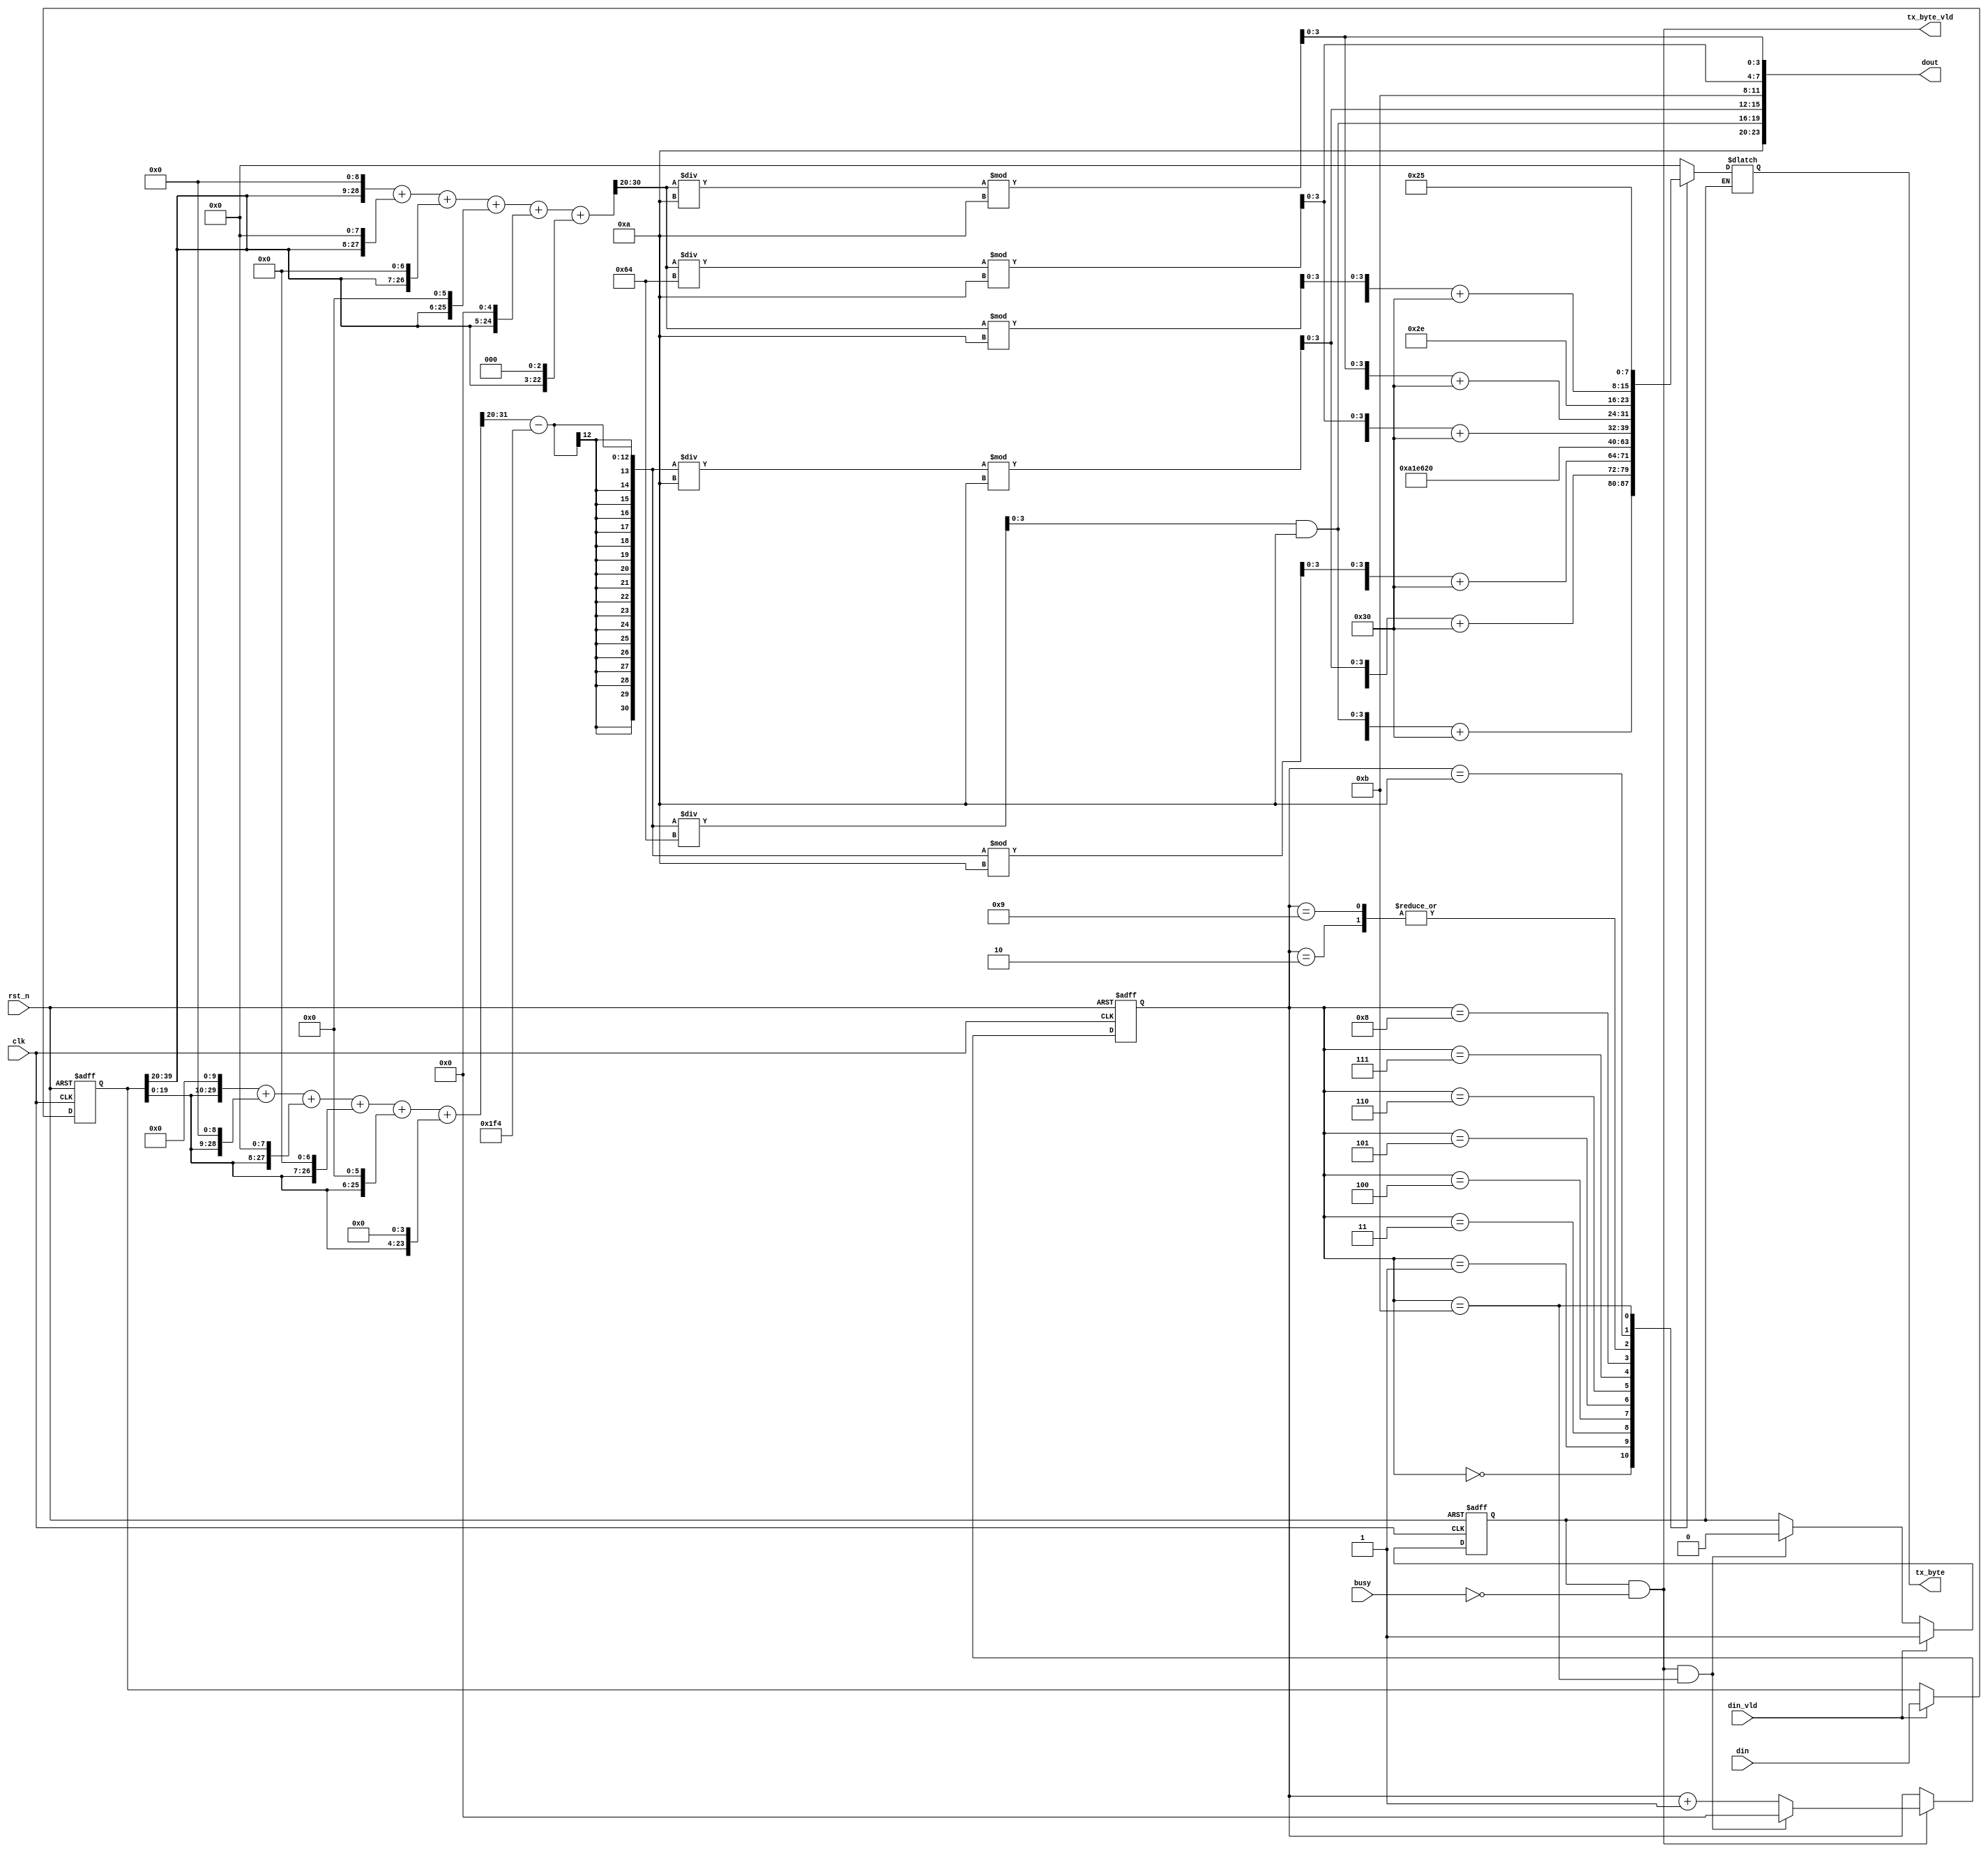
/*==============================*\
Author:mouer
Description: 
Time:2022.7.30
\*==============================*/
module data_handle(
    input            clk,
    input            rst_n,

    input   [39:0]   din,//
    input            din_vld,
   
    output  [23:0]   dout  ,//
    input            busy,  //
    output           tx_byte_vld,//
    output  [7:0]    tx_byte  //
);

reg [39:0] data;
wire [30:0] temp;//
wire [30:0] humi;//
wire [7:0] t1;
wire [7:0] t2;
wire [7:0] t3;
wire [7:0] h1;
wire [7:0] h2;
wire [7:0] h3;

reg  [7:0] tx;
reg    [4:0]    cnt    ;
wire            add_cnt;
wire            end_cnt;
reg flag;
// wire [19:0] humi_r;
// wire [19:0] temp_r;
always@(posedge clk,negedge rst_n)begin
    if(!rst_n)begin
        data<=1'b0;
    end
    else if(din_vld)begin
        data<=din; 
    end
    else begin
        data<=data; 
    end
end

assign humi = ((data[39:20] << 9)
                        +(data[39:20] << 8)
                        +(data[39:20] << 7)
                        +(data[39:20] << 6)
                        +(data[39:20] << 5)
                        +(data[39:20] << 3)) >> 20;
    

assign temp = (((data[19:0] << 10)
                            +(data[19:0] << 9)
                            +(data[19:0] << 8)
                            +(data[19:0] << 7)
                             +(data[19:0] << 6)
                            +(data[19:0] << 4))>> 20 ) - 500;

// assign humi_r=data[39:20];
// assign temp_r=data[19:0];
// assign humi=(humi_r*1000)>>12;
// assign temp=(temp_r*2000)>>12-500;


assign t1[3:0]=temp/100&10;
assign t2[3:0]=temp/10%10;
assign t3[3:0]=temp%10;
assign h1[3:0]=humi/100%10;
assign h2[3:0]=humi/10%10;
assign h3[3:0]=humi%10;

assign dout={4'b1010,t1[3:0],t2[3:0],4'b1011,h1[3:0],h2[3:0]};

assign tx_byte=tx;
assign tx_byte_vld=add_cnt;


always@(posedge clk,negedge rst_n)begin
    if(!rst_n)begin
        cnt<=1'b0;
    end
    else if(add_cnt)begin
        if(end_cnt)begin
            cnt<=1'b0;
        end
        else begin
            cnt<=cnt+1'b1;
        end
    end
    else begin
        cnt<=cnt;
    end
end
assign add_cnt= flag&&!busy;
assign end_cnt=add_cnt&&cnt==11 ;
always@(posedge clk,negedge rst_n)begin
    if(!rst_n)begin
        flag<=1'b0;
    end
    else if(din_vld)begin
        flag<=1'b1; 
    end
    else if(end_cnt)
        flag<=1'b0;
    else begin
        flag<=flag; 
    end
end


always@(*)begin
    // if(!rst_n)begin
    //     tx<=0;
    // end
    if(flag)begin
         case(cnt)
            0: tx<=t1+8'd48;
            1: tx<=t2+8'd48;
            2: tx<=8'd46;
            3: tx<=t3+8'd48;
            4: tx<=8'ha1;
            5: tx<=8'he6;
            6: tx<=8'd32;//
            7: tx<=h1+8'd48;
            8: tx<=h2+8'd48;
            9: tx<=8'd46;
            10: tx<=h3+8'd48;
            11:tx<=8'd37;
            default:tx<=0;
         endcase
    end
end
endmodule